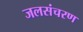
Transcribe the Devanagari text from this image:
जलसंचरण